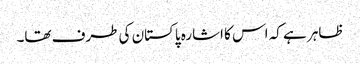
ظاہر ہے کہ اس کا اشارہ پاکستان کی طرف تھا۔